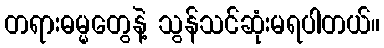
တရားဓမ္မတွေနဲ့ သွန်သင်ဆုံးမရပါတယ်။